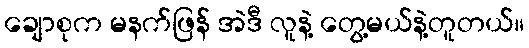
ချောစုက မနက်ဖြန် အဲဒီ လူနဲ့ တွေ့မယ်နဲ့တူတယ်။